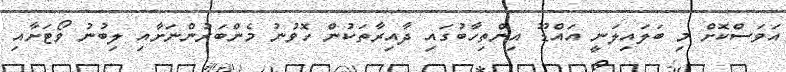
އަވަސްކޮށް މި ބަލައިލަނީ އައްޑޫ އިންތިހާބުގައި ދާއިރާތަކުން ހޮވުނު މެންބަރުންނަށާއި ލިބުނު ވޯޓަށާއި